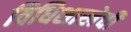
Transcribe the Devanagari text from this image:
विधिशाखेची